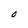
Character: O